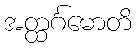
အတ္ထင်္ဂမောတိ